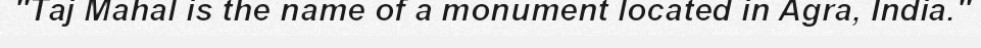
"Taj Mahal is the name of a monument located in Agra, India."